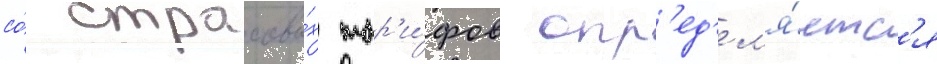
со́ страховы́х тар'и́фов опр'ед'ел'я́етс'я